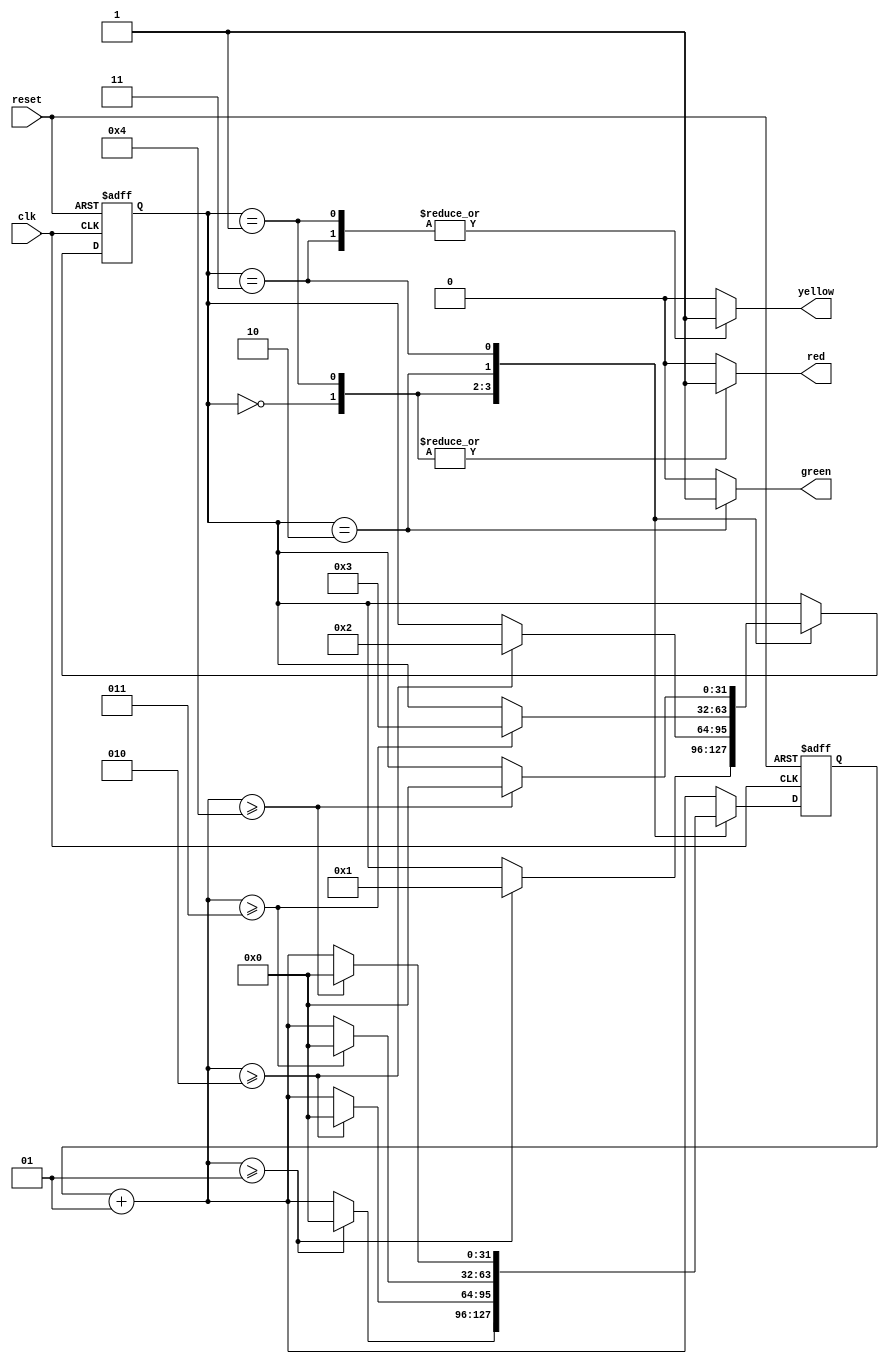
module Traffic_lights_controller (
	input clk, reset,
	output reg red, yellow, green);

// Define the 4 states of ther Traffic lights.
localparam red_state = 0;
localparam red_yellow_state = 1;
localparam green_state = 2;
localparam yellow_state = 3;

// Define the clock cycles duration of each state.
localparam red_time = 1;
localparam red_yellow_time = 2;
localparam green_time = 3;
localparam yellow_time = 4;

// Define the state and counter variables.
integer present_state, next_state;
integer present_counter, next_counter;

// Implementation of the asynchronous and the synchronous processes.
always @ (posedge clk or posedge reset) begin
	// Asynchronous process.
	if (reset) begin
		present_state <= red_state;
		present_counter <= 0;
	end
		
	// Synchronous process.
	else begin
		present_state <= next_state;
		present_counter <= next_counter;
	end
end

// Combinatorial logic to set the next state and next counter values.
always begin
	// Default values
	next_state = present_state;
	next_counter = present_counter + 1;
	
	case (present_state)
		red_state: begin
			if (next_counter >= red_time) begin
				next_state = red_yellow_state;
				next_counter = 0;
			end
		end
		
		red_yellow_state: begin
			if (next_counter >= red_yellow_time) begin
				next_state = green_state;
				next_counter = 0;
			end
		end
		
		green_state: begin
			if (next_counter >= green_time) begin
				next_state = yellow_state;
				next_counter = 0;
			end
		end
		
		yellow_state: begin
			if (next_counter >= yellow_time) begin
				next_state = red_state;
				next_counter = 0;
			end
		end
	endcase
end

// Combinatorical logic to set the output lights.
always begin
	// Default values.
	red = 1'b0;
	yellow = 1'b0;
	green = 1'b0;
	
	case (present_state)
		red_state: begin
			red = 1'b1;
		end
		
		red_yellow_state: begin
			red = 1'b1;
			yellow = 1'b1;
		end
		
		green_state: begin
			green = 1'b1;
		end
		
		yellow_state: begin
			yellow = 1'b1;
		end
	endcase
end

endmodule